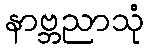
နာဗ္ဘညာသုံ